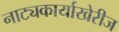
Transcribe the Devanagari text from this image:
नाट्यकार्याखेरीज